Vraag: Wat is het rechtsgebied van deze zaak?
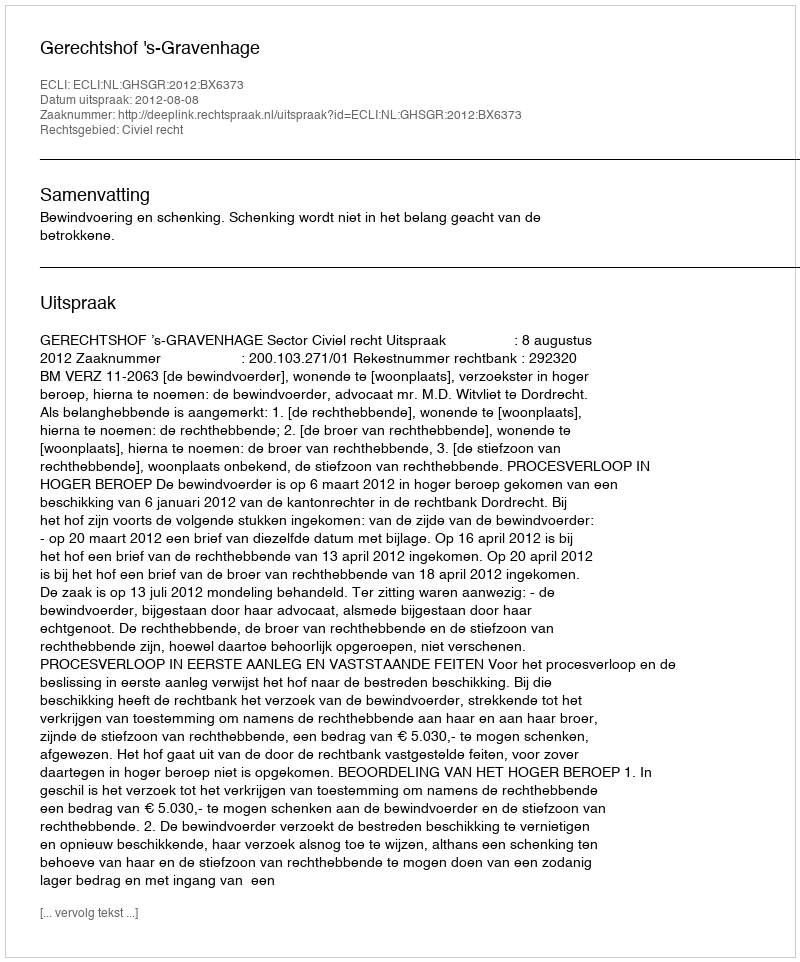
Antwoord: Civiel recht